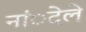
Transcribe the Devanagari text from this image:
नांेदले